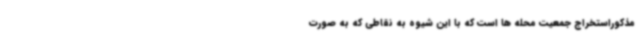
مذکوراستخراج جمعیت محله ها است که با این شیوه به نقاطی که به صورت